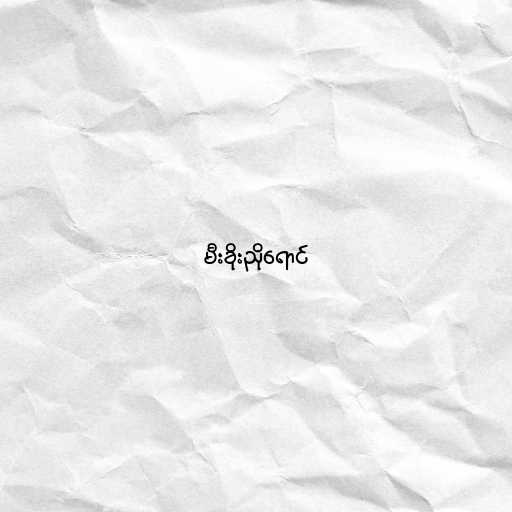
မီးခိုးညိုရောင်